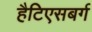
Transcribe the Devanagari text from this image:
हैटिएसबर्ग